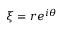
\xi = r e ^ { i \theta }